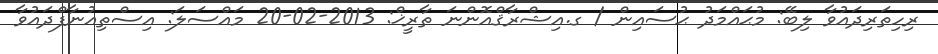
ރިހިތަރިދައުވާ ލިބޭ: މުޙައްމަދު ޙުސައިން / ގ.އިޝްރާޤްއޮންނަ ތާރީޚް: 2013-02-20 މައްސަލަ: އިސްތިއުނާފްދައުވާ